Scientific memoirs by medical officers of the Army of India - Part XII,
Year: 1901
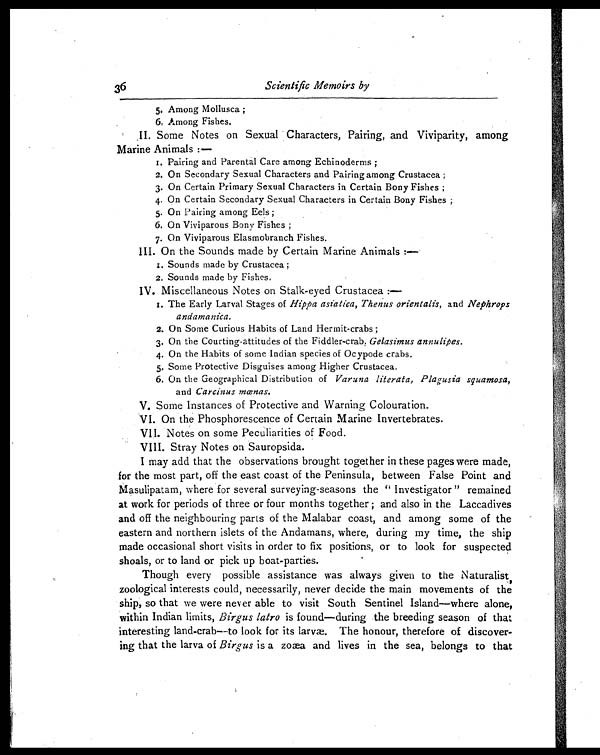
36
Scientific Memoirs by
5. Among Mollusca ;
6, Among Fishes.
II. Some Notes on Sexual Characters, Pairing, and Viviparity, among
Marine Animals :—
I. Pairing and Parental Care among Echinoderms ;
2. On Secondary Sexual Characters and Pairing among Crustacea ;
3. On Certain Primary Sexual Characters in Certain Bony Fishes ;
4. On Certain Secondary Sexual Characters in Certain Bony Fishes ;
5. On Pairing among Eels ;
6. On Viviparous Bony Fishes ;
7. On Viviparous Elasmobranch Fishes.
III. On the Sounds made by Certain Marine Animals :—
1 .
S o u n d s m a d e b y C r u s t a c e a ;
2. Sounds made by Fishes.
IV. Miscellaneous Notes on Stalk-eyed Crustacea;—
1. The Early Larval Stages of Hippa asiatica, Thenus orientalis, and Nephrops
andamanica.
2. On Some Curious Habits of Land Hermit-crabs ;
3. On the Courting attitudes of the Fiddler-crab, Gelasimus annulipes.
4. On the Habits of some Indian species of Ocypode crabs.
5. Some Protective Disguises among Higher Crustacea.
6. On the Geographical Distribution of Varuna literata, Plagusia squamosa,
and Carcinus mœnas.
V. Some Instances of Protective and Warning Colouration.
VI. On the Phosphorescence of Certain Marine Invertebrates.
VII. Notes on some Peculiarities of Food.
VIII. Stray Notes on Sauropsida.
I may add that the observations brought together in these pages were made,
for the most part, off the east coast of the Peninsula, between False Point and
Masulipatam, where for several surveying-seasons the " Investigator" remained
at work for periods of three or four months together ; and also in the Laccadives
and off the neighbouring parts of the Malabar coast, and among some of the
eastern and northern islets of the Andamans, where, during my time, the ship
made occasional short visits in order to fix positions, or to look for suspected
shoals, or to land or pick up boat-parties.
Though every possible assistance was always given to the Naturalist
zoological interests could, necessarily, never decide the main movements of the
ship, so that we were never able to visit South Sentinel Island—where alone,
within Indian limits, Birgus latro is found—during the breeding season of that
interesting land-crab—to look for its larvæ. The honour, therefore of discover-
ing that the larva of Birgus is a zoæa and lives in the sea, belongs to that